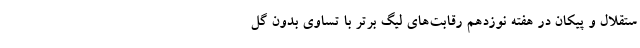
ستقلال و پیکان در هفته نوزدهم رقابت‌های لیگ برتر با تساوی بدون گل